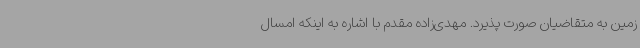
زمین به متقاضیان صورت پذیرد. مهدی‌زاده مقدم با اشاره به اینکه امسال